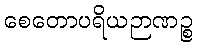
စေတောပရိယဉာဏဉ္စ